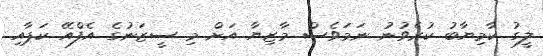
ލީގު ކާމިޔާބު ކުރެވުނު ނަމަވެސް މާޒިޔާ އަށް މި ސީޒަނުގެ އެފްއޭ ކަޕާއި